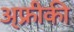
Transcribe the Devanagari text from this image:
अ्फ्रीकी